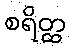
စရိတ္ထ